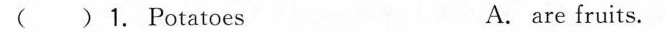
( ) 1. Potatoes A. are fruits.